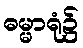
ဓမ္မာရုံ၌